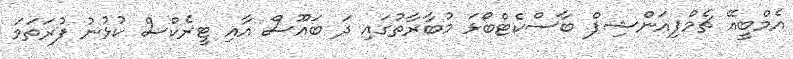
އެމްބީއޭ ޗެމްޕިއަންޝިޕް ބާސްކެޓްބޯޅަ މުބާރާތުގައި ދަ ބައޫސް އާއި ޓީރެކްސް ކުޅުނު ފުރަތަމަ